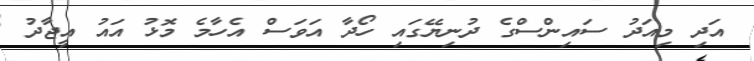
އަދި މިއަދު ސައިންސްގެ ދުނިޔޭގައި ހޯދާ އަވަސް އެހާމެ މޮޅު އައު އީޖާދު